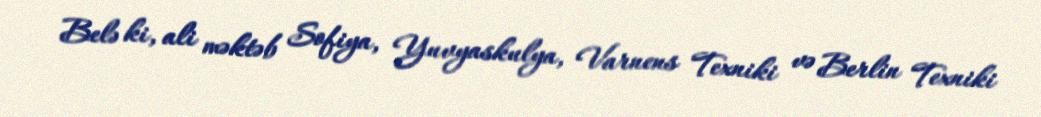
Belə ki, ali məktəb Sofiya, Yuvyaskulya, Varnens Texniki və Berlin Texniki